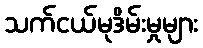
သက်ငယ်မုဒိမ်းမှုများ